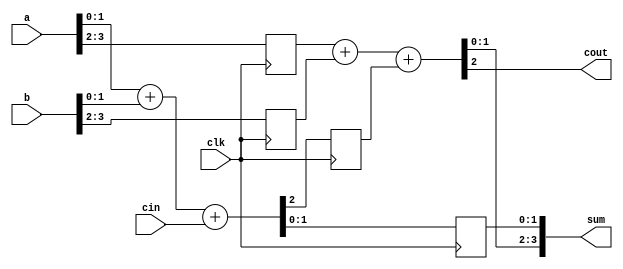
`timescale 1ns / 1ps
//////////////////////////////////////////////////////////////////////////////////
// Company: 
// Engineer: 
// 
// Design Name: 
// Module Name:    RCA_2stagepl 
// Project Name: 
// Target Devices: 
// Tool versions: 
// Description: 
//
// Dependencies: 
//
// Revision: 
// Revision 0.01 - File Created
// Additional Comments: 
//
//////////////////////////////////////////////////////////////////////////////////
module RCA_2stagepl(clk,a,b,cin,sum,cout);

	input clk, cin;
	input [3:0] a, b;
	output reg [3:0] sum;
	output reg cout;
	
	reg [3:2] areg, breg;
	reg [1:0] sreg;
	reg c2reg;
	reg [3:0] s;
	
	reg c2;
	
	always @(clk)
		begin
			{c2, s[1:0]} = a[1:0] + b[1:0] + cin;
			// Combinational cloud 2
			{cout, s[3:2]} = areg + breg + c2reg;
			// Put the output together
			sum = {s[3:2], sreg};
		end
	
	always @(posedge clk)
		begin
			sreg <= s[1:0];
			areg <= a[3:2];
			breg <= b[3:2];
			c2reg <= c2;
		end

endmodule